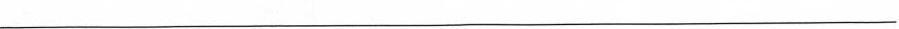
___